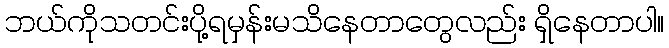
ဘယ်ကိုသတင်းပို့ရမှန်းမသိနေတာတွေလည်း ရှိနေတာပါ။